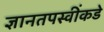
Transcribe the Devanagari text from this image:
ज्ञानतपस्वींकडे